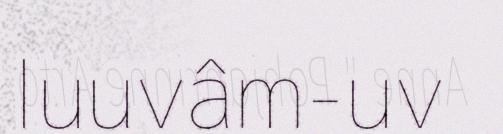
luuvâm-uv